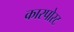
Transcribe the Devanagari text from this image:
कारपोरट